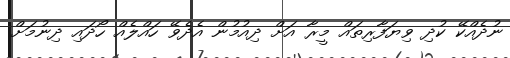
ނުދެއްކޭ ކުދި ވިޔަފާރިތައް މީރާ އަށް ދިއުމުން އެދެވޭ ހައްލެއް ހޯދައި ދިނުމަށް